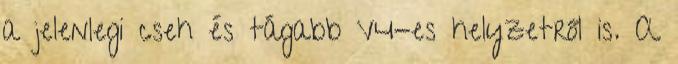
a jelenlegi cseh és tágabb V4-es helyzetről is. A